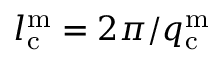
l _ { \mathrm { c } } ^ { \mathrm { m } } = 2 \pi / q _ { \mathrm { c } } ^ { \mathrm { m } }